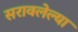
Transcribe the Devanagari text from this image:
सरावलेल्या